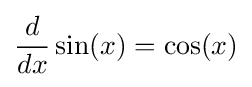
{\frac {d}{dx}}\sin(x)=\cos(x)